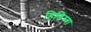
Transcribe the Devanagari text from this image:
हिडिम्‍बा